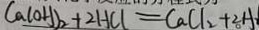
C a ( O H ) _ { 2 } + 2 H C l = C a C l _ { 2 } + 2 A